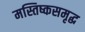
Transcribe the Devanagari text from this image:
मस्तिष्कसमृद्ध